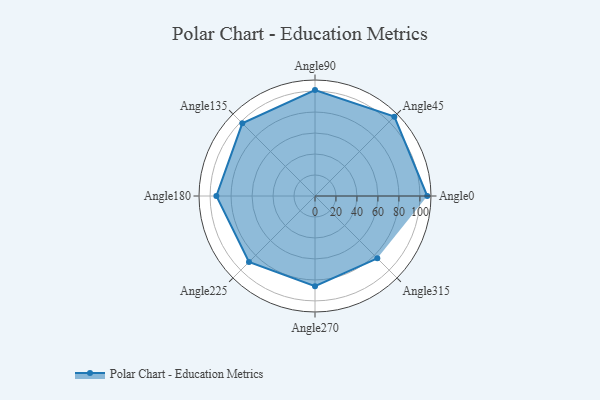
{"axis": {"x": "Angle", "y": "Radius"}, "legend": [""], "data": [{"x": "Angle0", "y": 107.0, "type": ""}, {"x": "Angle45", "y": 107.0, "type": ""}, {"x": "Angle90", "y": 101.0, "type": ""}, {"x": "Angle135", "y": 98.0, "type": ""}, {"x": "Angle180", "y": 94.0, "type": ""}, {"x": "Angle225", "y": 89.0, "type": ""}, {"x": "Angle270", "y": 86.0, "type": ""}, {"x": "Angle315", "y": 84.0, "type": ""}]}